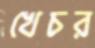
খেচর